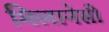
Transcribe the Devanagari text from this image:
मिलानेसी